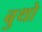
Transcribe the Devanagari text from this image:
बुथो